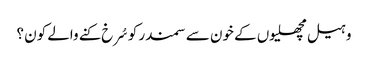
وہیل مچھلیوں کے خون سے سمندر کو سُرخ کنے والے کون ؟